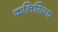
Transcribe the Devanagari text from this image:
कलिसिन्ध